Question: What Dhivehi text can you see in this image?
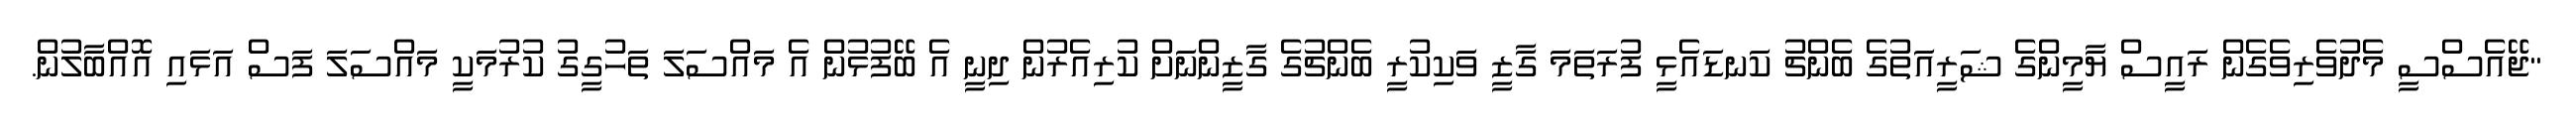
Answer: "ޖޭއެސްސީ މެދުވެރިވެގެން ރައީސް ޔާމީންގެ ޝަރީއަތުގެ ބެންޗު ކަނޑައެޅީ ފުރަތަމަ ގާޒީ ވަކިކުރީ ބެންޗުގެ ގާޒީންނަށް ކުރިއެރުން ދިނީ އެ ބޭފުޅުން އެ މައްސަލަ ތަހުގީގު ކުރުމަކީ މައްސަލަ ފަސް އަޅައި އޮއްބާލުން.